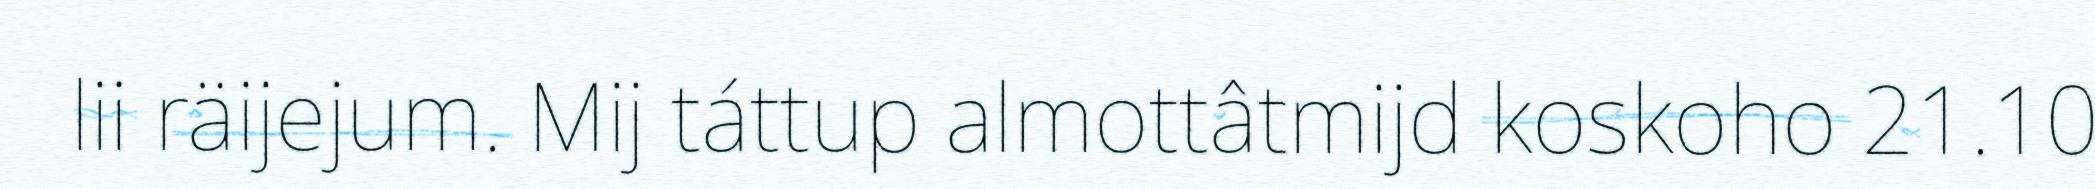
lii räijejum. Mij táttup almottâtmijd koskoho 21.10